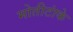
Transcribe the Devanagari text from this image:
मोतीटांके